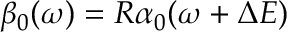
\beta _ { 0 } ( \omega ) = R \alpha _ { 0 } ( \omega + \Delta E )